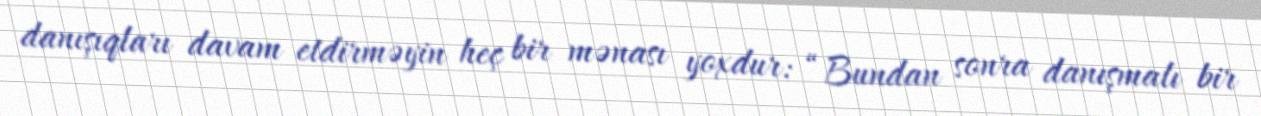
danışıqları davam etdirməyin heç bir mənası yoxdur: “Bundan sonra danışmalı bir